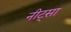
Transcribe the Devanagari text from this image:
नीट्सा